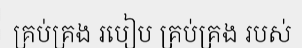
គ្រប់គ្រង របៀប គ្រប់គ្រង របស់